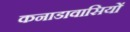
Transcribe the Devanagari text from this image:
कनाडावासियों